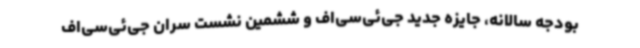
بودجه سالانه، جایزه جدید جی‌ئی‌سی‌اف و ششمین نشست سران جی‌ئی‌سی‌اف